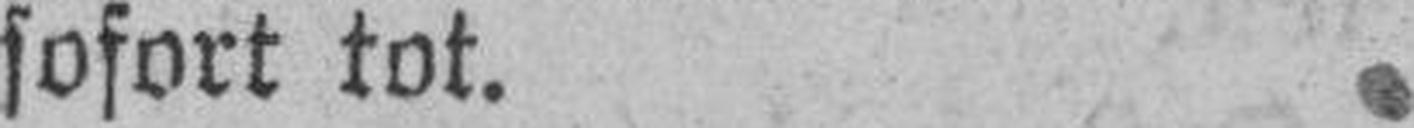
sofort tot.